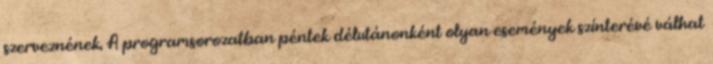
szerveznének. A programsorozatban péntek délutánonként olyan események színterévé válhat